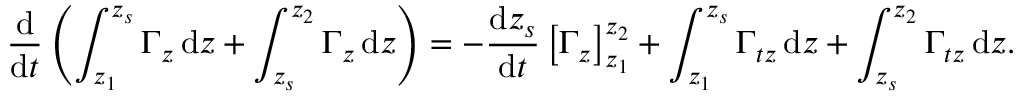
\frac { \mathrm { d } } { \mathrm { d } t } \left( \int _ { z _ { 1 } } ^ { z _ { s } } \Gamma _ { z } \, \mathrm { d } z + \int _ { z _ { s } } ^ { z _ { 2 } } \Gamma _ { z } \, \mathrm { d } z \right) = - \frac { \mathrm { d } z _ { s } } { \mathrm { d } t } \left[ \Gamma _ { z } \right] _ { z _ { 1 } } ^ { z _ { 2 } } + \int _ { z _ { 1 } } ^ { z _ { s } } \Gamma _ { t z } \, \mathrm { d } z + \int _ { z _ { s } } ^ { z _ { 2 } } \Gamma _ { t z } \, \mathrm { d } z .